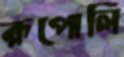
রূপোলি